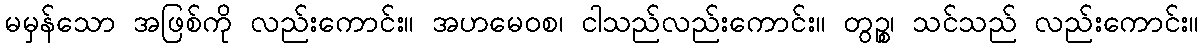
မမှန်သော အဖြစ်ကို လည်းကောင်း။ အဟမေဝစ၊ ငါသည်လည်းကောင်း။ တွဉ္စ၊ သင်သည် လည်းကောင်း။